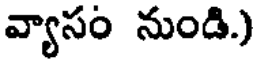
వ్యాసం నుండి.)